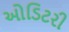
ઓડિટરી